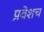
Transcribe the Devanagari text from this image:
प्रवेशच